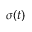
\sigma ( t )